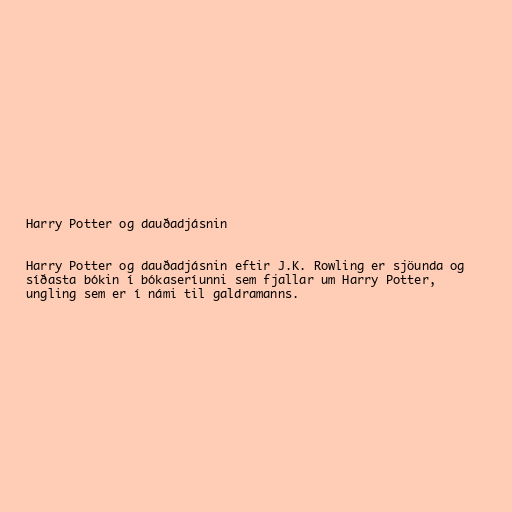
Harry Potter og dauðadjásnin

Harry Potter og dauðadjásnin eftir J.K. Rowling er sjöunda og
síðasta bókin í bókaseríunni sem fjallar um Harry Potter,
ungling sem er í námi til galdramanns.